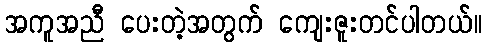
အကူအညီ ပေးတဲ့အတွက် ကျေးဇူးတင်ပါတယ်။